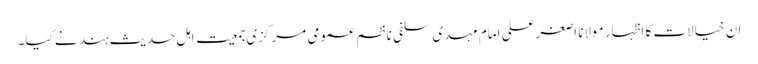
ان خیالات کا اظہار مولانا اصغرعلی امام مہدی سلفی ناظم عمومی مرکزی جمعیت اہل حدیث ہند نے کیا۔